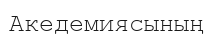
Акедемиясының